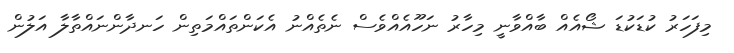
މިފަހަރު ކުޑަކުޑަ ޝޯއެއް ބާއްވާނީ މިހާރު ނަހޫއެއްވެސް ނެތެއްނު އެކަންތައްމަތިން ހަނދާންނައްތާލާ އަލުން